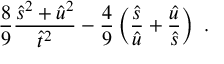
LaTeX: \frac { 8 } { 9 } \frac { \hat { s } ^ { 2 } + \hat { u } ^ { 2 } } { \hat { t } ^ { 2 } } - \frac { 4 } { 9 } \left( \frac { \hat { s } } { \hat { u } } + \frac { \hat { u } } { \hat { s } } \right) ~ .